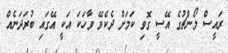
ރައީސް ލޯންޗުގެ އޭސީ ގޮވި ކަމަށް ދެކެވޭ ވާހަކަ އަކީ އޭގައި ބުރަދަނެއް